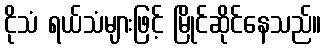
ငိုသံ ရယ်သံများဖြင့် မြိုင်ဆိုင်နေသည်။